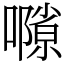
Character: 𡁸